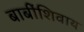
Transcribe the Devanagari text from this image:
बाबींशिवाय